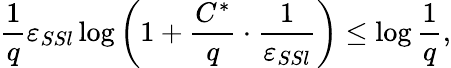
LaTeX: \frac{1}{q}\varepsilon_{SSl}\log\left(1+\frac{C^{*}}{q}\cdot\frac{1}{\varepsilon_{SSl}}\right)\leq\log\frac 1q,